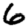
Digit: 6